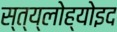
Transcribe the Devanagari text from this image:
स्त्य्लोह्योइद